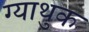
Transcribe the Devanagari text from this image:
ग्याथुक